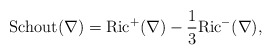
\begin{align*}\mathrm{Schout}(\nabla)=\mathrm{Ric}^{+}(\nabla)-\frac{1}{3}\mathrm{Ric}^{-}(\nabla),\end{align*}